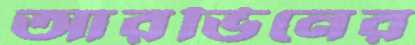
আরভিনের